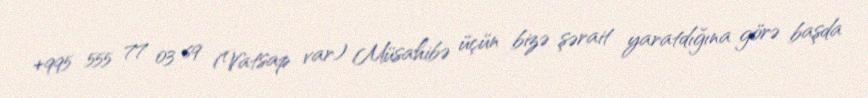
+995 555 77 03 69 (Vatsap var) Müsahibə üçün bizə şərait yaratdığına görə başda